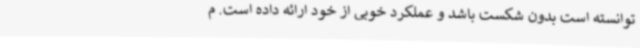
توانسته است بدون شکست باشد و عملکرد خوبی از خود ارائه داده است. م